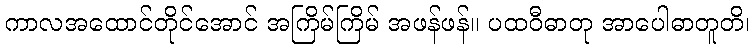
ကာလအထောင်တိုင်အောင် အကြိမ်ကြိမ် အဖန်ဖန်။ ပထဝီဓာတု အာပေါဓာတူတိ၊